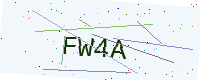
Text: FW4A